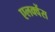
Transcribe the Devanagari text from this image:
एलक्वेंस